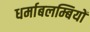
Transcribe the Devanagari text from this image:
धर्माबलम्बियों